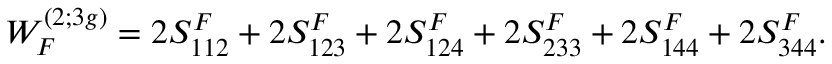
{ \cal W } _ { F } ^ { ( 2 ; 3 g ) } = 2 S _ { 1 1 2 } ^ { F } + 2 S _ { 1 2 3 } ^ { F } + 2 S _ { 1 2 4 } ^ { F } + 2 S _ { 2 3 3 } ^ { F } + 2 S _ { 1 4 4 } ^ { F } + 2 S _ { 3 4 4 } ^ { F } .